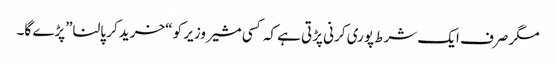
مگر صرف ایک شرط پوری کرنی پڑتی ہے کہ کسی مشیر وزیر کو “خرید کر پالنا”پڑے گا۔